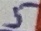
Text: 5